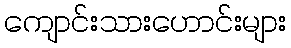
ကျောင်းသားဟောင်းများ